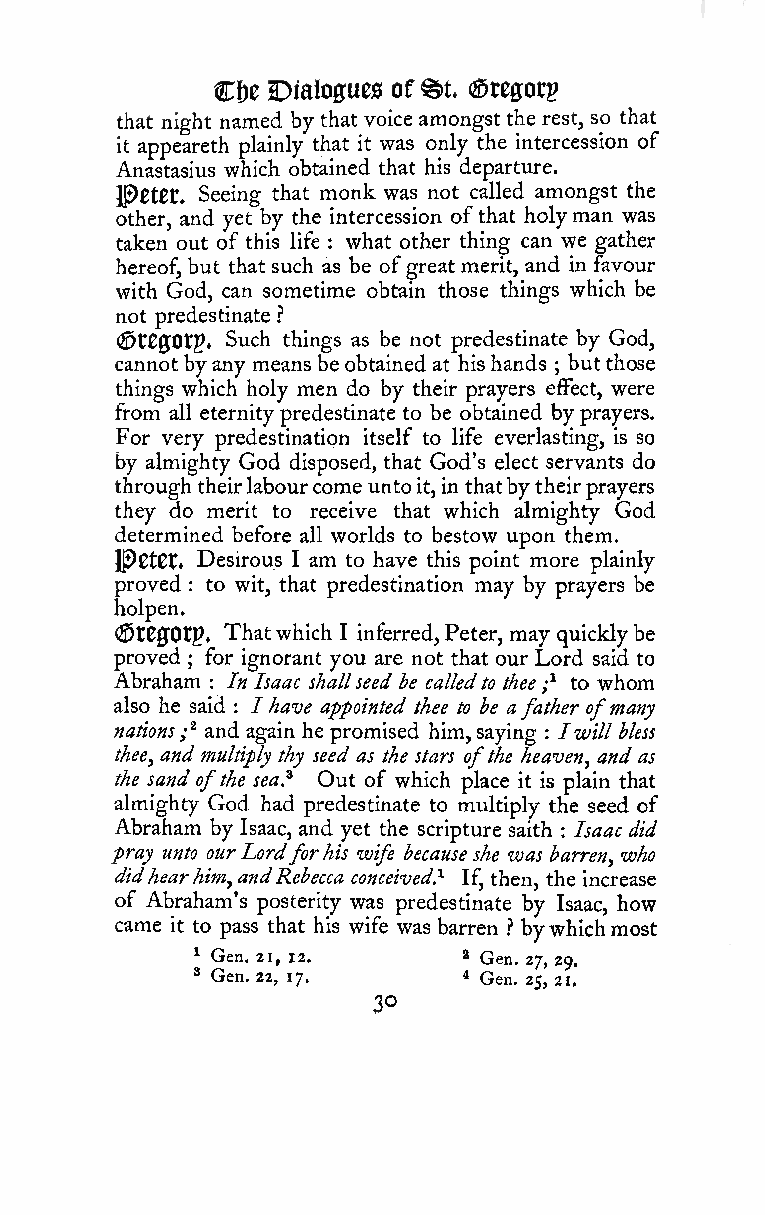
^t
 Cfje Dialogues of (Sregorp
 that night named by that voice amongstthe rest, so that
 it appeareth plainly that it was only the intercession of
 Anastasius which obtained that his departure.
 JP0tet» Seeing that monk was not called amongst the
 other, and yet by the intercession ofthat holyman was
 taken out of this life : what other thing can we gather
 hereof, but that such as be ofgreat merit, and in favour
 with God, can sometime obtain those things which be
 not predestinate ?
 (^t00Otp. Such things as be not predestinate by God,
 cannot byany means be obtainedat hishands butthose
 ;
 things which holy men do by their prayers effect, were
 from all eternitypredestinate to be obtained by prayers.
 For very predestination itself to life everlasting, is so
 by almighty God disposed, that God's elect servants do
 throughtheirlabourcomeunto it,in thatbytheirprayers
 they do merit to receive that which almighty God
 determined before all worlds to bestow upon them.
 J^etCt. Desirous I am to have this point more plainly
 proved to wit, that predestination may by prayers be
 :
 holpen.
 (S)tC0Ot5. Thatwhich I inferred,Peter, may quicklybe
 proved for ignorant you are not that our Lord said to
 ;
 Abraham
 :
 In Isaac shallseed be calledto thee;^ to whom
 also he said : /have appointed thee to be afather ofmany
 nations;^ and again he promised him,saying : Iwill bless
 thee, andmultiply thy seed as the stars ofthe heaven, and as
 the sand ofthe sea? Out of which place it is plain that
 almighty God had predestinate to multiply the seed of
 Abraham by Isaac, and yet the scripture saith Isaac did
 :
 pray unto ourLordforhis wife because she was barren, who
 didhearhim,andRebecca conceived} If, then, the increase
 of Abraham's posterity was predestinate by Isaac, how
 came it to pass that his wife was barren ? bywhichmost
 ^ Gen. 21, 12.    a Gen. 27, 29.
 » Gen. 22, 17.    4 Gen. 25,21,
 30